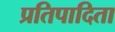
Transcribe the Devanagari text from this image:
प्रतिपादिता